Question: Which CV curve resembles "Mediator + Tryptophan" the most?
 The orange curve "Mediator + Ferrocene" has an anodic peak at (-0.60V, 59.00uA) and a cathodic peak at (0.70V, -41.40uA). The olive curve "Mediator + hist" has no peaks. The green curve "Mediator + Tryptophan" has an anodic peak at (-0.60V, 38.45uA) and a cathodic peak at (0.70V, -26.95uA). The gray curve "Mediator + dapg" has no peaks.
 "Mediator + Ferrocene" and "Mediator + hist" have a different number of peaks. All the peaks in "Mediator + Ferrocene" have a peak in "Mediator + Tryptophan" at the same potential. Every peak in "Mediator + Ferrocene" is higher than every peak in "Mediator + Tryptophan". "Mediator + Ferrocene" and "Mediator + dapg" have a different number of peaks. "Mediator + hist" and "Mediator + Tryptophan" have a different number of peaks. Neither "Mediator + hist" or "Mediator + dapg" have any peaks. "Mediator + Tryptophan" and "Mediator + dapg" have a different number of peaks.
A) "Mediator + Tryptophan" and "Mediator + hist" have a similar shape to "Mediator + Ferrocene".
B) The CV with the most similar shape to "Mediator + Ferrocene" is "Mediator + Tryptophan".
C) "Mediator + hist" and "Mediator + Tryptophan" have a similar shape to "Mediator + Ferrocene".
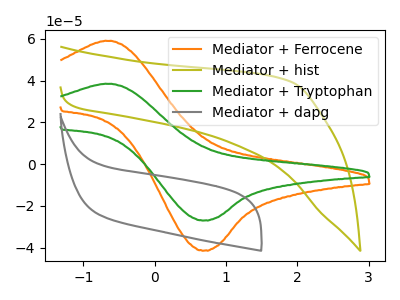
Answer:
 <answer>B) The CV with the most similar shape to "Mediator + Ferrocene" is "Mediator + Tryptophan".</answer>
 <eval>B</eval>